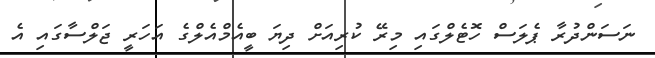
ނަސަންދުރާ ޕެލަސް ހޮޓެލްގައި މިރޭ ކުރިއަށް ދިޔަ ބީއެމްއެލްގެ އަހަރީ ޖަލްސާގައި އެ